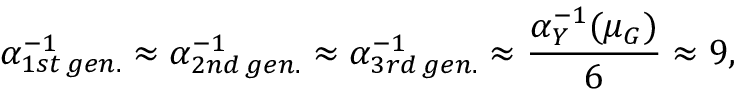
\alpha _ { 1 s t \, g e n . } ^ { - 1 } \approx \alpha _ { 2 n d \, g e n . } ^ { - 1 } \approx \alpha _ { 3 r d \, g e n . } ^ { - 1 } \approx \frac { \alpha _ { Y } ^ { - 1 } ( \mu _ { G } ) } { 6 } \approx 9 ,